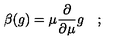
\beta ( g ) = \mu { \frac { \partial } { \partial \mu } } g \quad ;